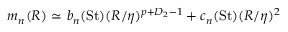
\begin{array} { r } { m _ { n } ( R ) { \ \simeq \ } b _ { n } ( \mathrm { S t } ) ( R / \eta ) ^ { p + D _ { 2 } - 1 } + c _ { n } ( \mathrm { S t } ) ( R / \eta ) ^ { { 2 } } } \end{array}